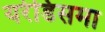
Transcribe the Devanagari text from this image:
यरेडिसमा